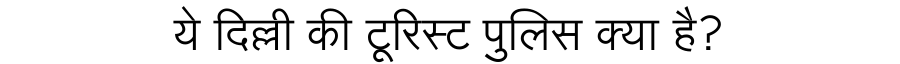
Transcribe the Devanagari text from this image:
ये दिल्ली की टूरिस्ट पुलिस क्या है?